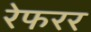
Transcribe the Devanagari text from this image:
रेफरर